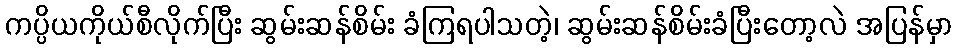
ကပ္ပိယကိုယ်စီလိုက်ပြီး ဆွမ်းဆန်စိမ်း ခံကြရပါသတဲ့၊ ဆွမ်းဆန်စိမ်းခံပြီးတော့လဲ အပြန်မှာ